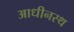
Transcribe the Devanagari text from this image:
आधीनस्थ